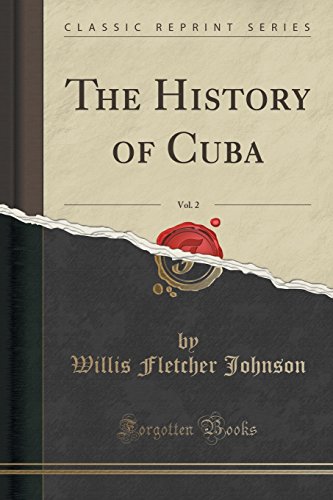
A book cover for The History of Cuba, Vol. 2 (Classic Reprint); Willis Fletcher Johnson; History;